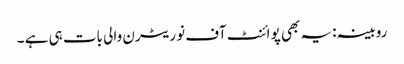
روبینہ:یہ بھی پو ائنٹ آف نو ریٹرن والی بات ہی ہے ۔